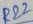
Text: R22